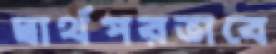
স্বার্থপরভাবে